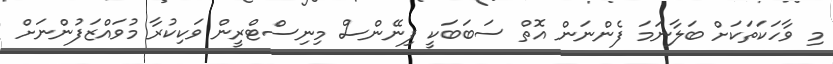
މި ވާހަކަތަކަށް ބަލާނަމަ ފެންނަން އޮތް ސަބަބަކީ ފިނޭންސް މިނިސްޓްރީން ވަކިކުރާ މުވައްޒަފުންނަށް